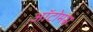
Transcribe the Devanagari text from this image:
ऑटोमंस